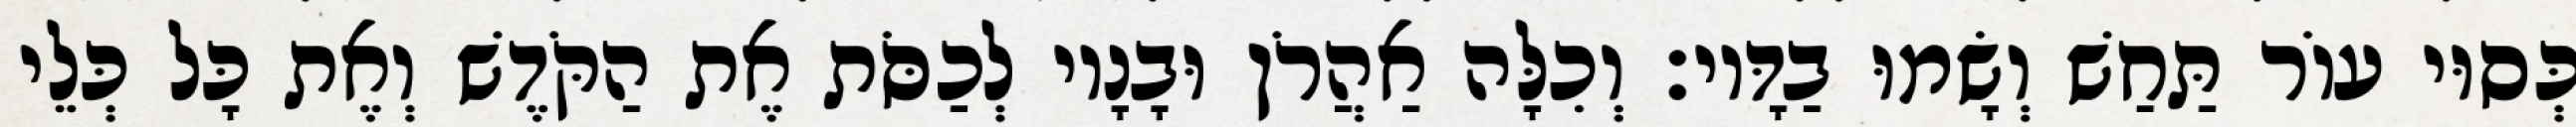
כְּסוּי עוֹר תַּחַשׁ וְשָׂמוּ בַדָּיו׃ וְכִלָּה אַהֲרֹן וּבָנָיו לְכַסֹּת אֶת הַקֹּדֶשׁ וְאֶת כָּל כְּלֵי